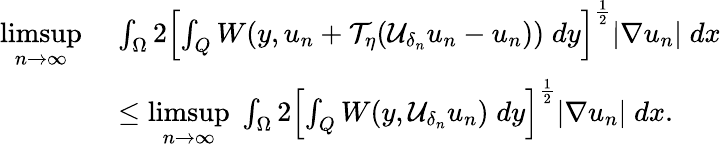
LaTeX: \begin{array}{rl}{\underset{n\to\infty}{\operatorname*{limsup}}\; }&{\int_{\Omega}2\left[\int_{Q}W(y,u_{n}+\mathcal{T}_{\eta}(\mathcal{U}_{\delta_{n}}u_{n}-u_{n}))\; dy\right]^{\frac{1}{2}}|\nabla u_{n}|\; dx}\\ &{\leq\underset{n\to\infty}{\operatorname*{limsup}}\; \int_{\Omega}2\left[\int_{Q}W(y,\mathcal{U}_{\delta_{n}}u_{n})\; dy\right]^{\frac{1}{2}}|\nabla u_{n}|\; dx.}\end{array}